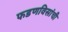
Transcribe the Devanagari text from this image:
फडणविसांची